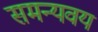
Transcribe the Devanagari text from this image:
समन्यवय